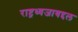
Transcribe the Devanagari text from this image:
राष्ट्रध्वजाबद्दल